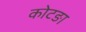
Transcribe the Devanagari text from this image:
कोटङा